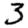
Digit: 3